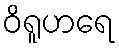
ဝိရူဟရေ